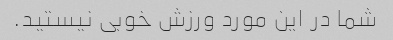
شما در این مورد ورزش خوبی نیستید.